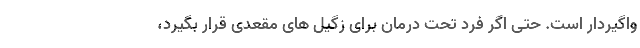
واگیردار است. حتی اگر فرد تحت درمان برای زگیل های مقعدی قرار بگیرد،